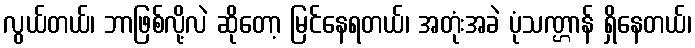
လွယ်တယ်၊ ဘာဖြစ်လို့လဲ ဆိုတော့ မြင်နေရတယ်၊ အတုံးအခဲ ပုံသဏ္ဌာန် ရှိနေတယ်၊